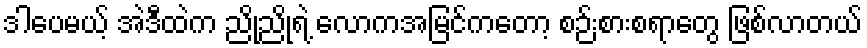
ဒါပေမယ့် အဲဒီထဲက ညိုညိုရဲ့ လောကအမြင်ကတော့ စဉ်းစားစရာတွေ ဖြစ်လာတယ်